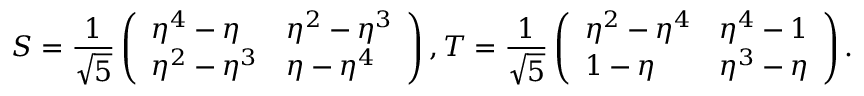
S = \frac { 1 } { \sqrt { 5 } } \left( \begin{array} { l l } { \eta ^ { 4 } - \eta } & { \eta ^ { 2 } - \eta ^ { 3 } } \\ { \eta ^ { 2 } - \eta ^ { 3 } } & { \eta - \eta ^ { 4 } } \end{array} \right) , T = \frac { 1 } { \sqrt { 5 } } \left( \begin{array} { l l } { \eta ^ { 2 } - \eta ^ { 4 } } & { \eta ^ { 4 } - 1 } \\ { 1 - \eta } & { \eta ^ { 3 } - \eta } \end{array} \right) .